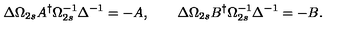
\Delta \Omega _ { 2 s } A ^ { \dagger } \Omega _ { 2 s } ^ { - 1 } \Delta ^ { - 1 } = - A , \qquad \Delta \Omega _ { 2 s } B ^ { \dagger } \Omega _ { 2 s } ^ { - 1 } \Delta ^ { - 1 } = - B .